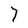
Character: 7